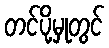
တင်ပို့မှုတွင်